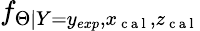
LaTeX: f_{\Theta|Y=y_{exp},x_{\mathrm{~c~a~l~}},z_{\mathrm{~c~a~l~}}}